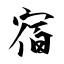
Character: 宿